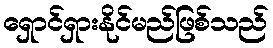
ရှောင်ရှားနိုင်မည်ဖြစ်သည်